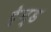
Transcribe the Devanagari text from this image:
ट्रेन्ड